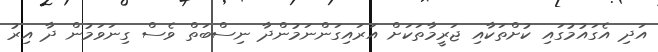
އަދި އެގައުމުގައި ކުށްތަކާއި ޖަރީމާތަކަށް އަރައިގަންނަމުންދާ ނިސްބަތް ވެސް ގިނަވަމުން ދާ އިރު